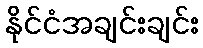
နိုင်ငံအချင်းချင်း